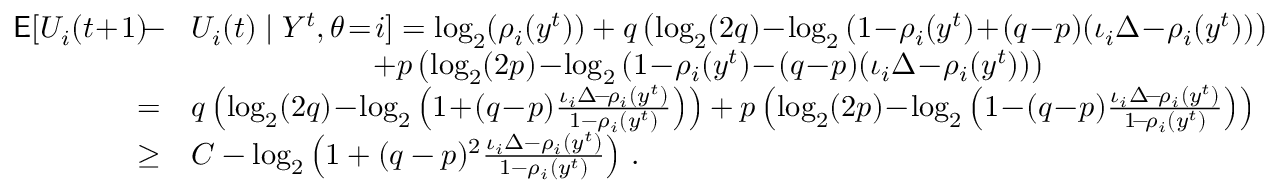
\begin{array} { r l r } { \mathsf { E } [ U _ { i } ( t \! + \! 1 ) \! - \! } & { U _ { i } ( t ) \mid Y ^ { t } , \theta \! = \! i ] = \log _ { 2 } ( \rho _ { i } ( y ^ { t } ) ) + q \left( \log _ { 2 } ( 2 q ) \! - \! \log _ { 2 } \left( 1 \! - \! \rho _ { i } ( y ^ { t } ) \! + \! ( q \! - \! p ) ( \iota _ { i } \Delta \! - \! \rho _ { i } ( y ^ { t } ) \right) \right) } & \\ & { \quad \quad \quad \quad \quad \quad + p \left( \log _ { 2 } ( 2 p ) \! - \! \log _ { 2 } \left( 1 \! - \! \rho _ { i } ( y ^ { t } ) \! - \! ( q \! - \! p ) ( \iota _ { i } \Delta \! - \! \rho _ { i } ( y ^ { t } ) \right) \right) } & \\ { = } & { q \left( \log _ { 2 } ( 2 q ) \! - \! \log _ { 2 } \left( 1 \! + \! ( q \! - \! p ) \frac { \iota _ { i } \Delta \! - \! \rho _ { i } ( y ^ { t } ) } { 1 - \rho _ { i } ( y ^ { t } ) } \right) \right) + p \left( \log _ { 2 } ( 2 p ) \! - \! \log _ { 2 } \left( 1 \! - \! ( q \! - \! p ) \frac { \iota _ { i } \Delta \! - \! \rho _ { i } ( y ^ { t } ) } { 1 \! - \! \rho _ { i } ( y ^ { t } ) } \right) \right) } & \\ { \ge } & { C - \log _ { 2 } \left( 1 + ( q - p ) ^ { 2 } \frac { \iota _ { i } \Delta - \rho _ { i } ( y ^ { t } ) } { 1 - \rho _ { i } ( y ^ { t } ) } \right) \, . } & \end{array}